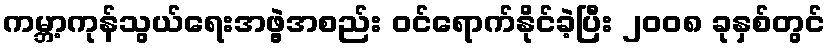
ကမ္ဘာ့ကုန်သွယ်ရေးအဖွဲ့အစည်း ဝင်ရောက်နိုင်ခဲ့ပြီး ၂၀၀၈ ခုနှစ်တွင်